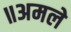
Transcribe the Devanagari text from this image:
॥अमले